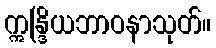
ဣန္ဒြိယဘာဝနာသုတ်။